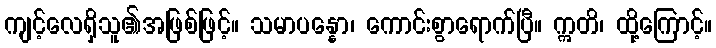
ကျင့်လေရှိသူ၏အဖြစ်ဖြင့်။ သမာပန္နော၊ ကောင်းစွာရောက်ပြီ။ ဣတိ၊ ထို့ကြောင့်။